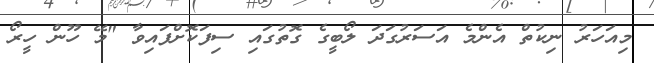
މިއަހަރު ނިކުތް އެންމެ އަސަރުގަދަ ލޯބީގެ ގޮތުގައި ސިފަކޮށްފައިވާ "މޭ ހޫން ހީރޯ